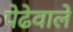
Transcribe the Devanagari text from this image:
पेढेवाले